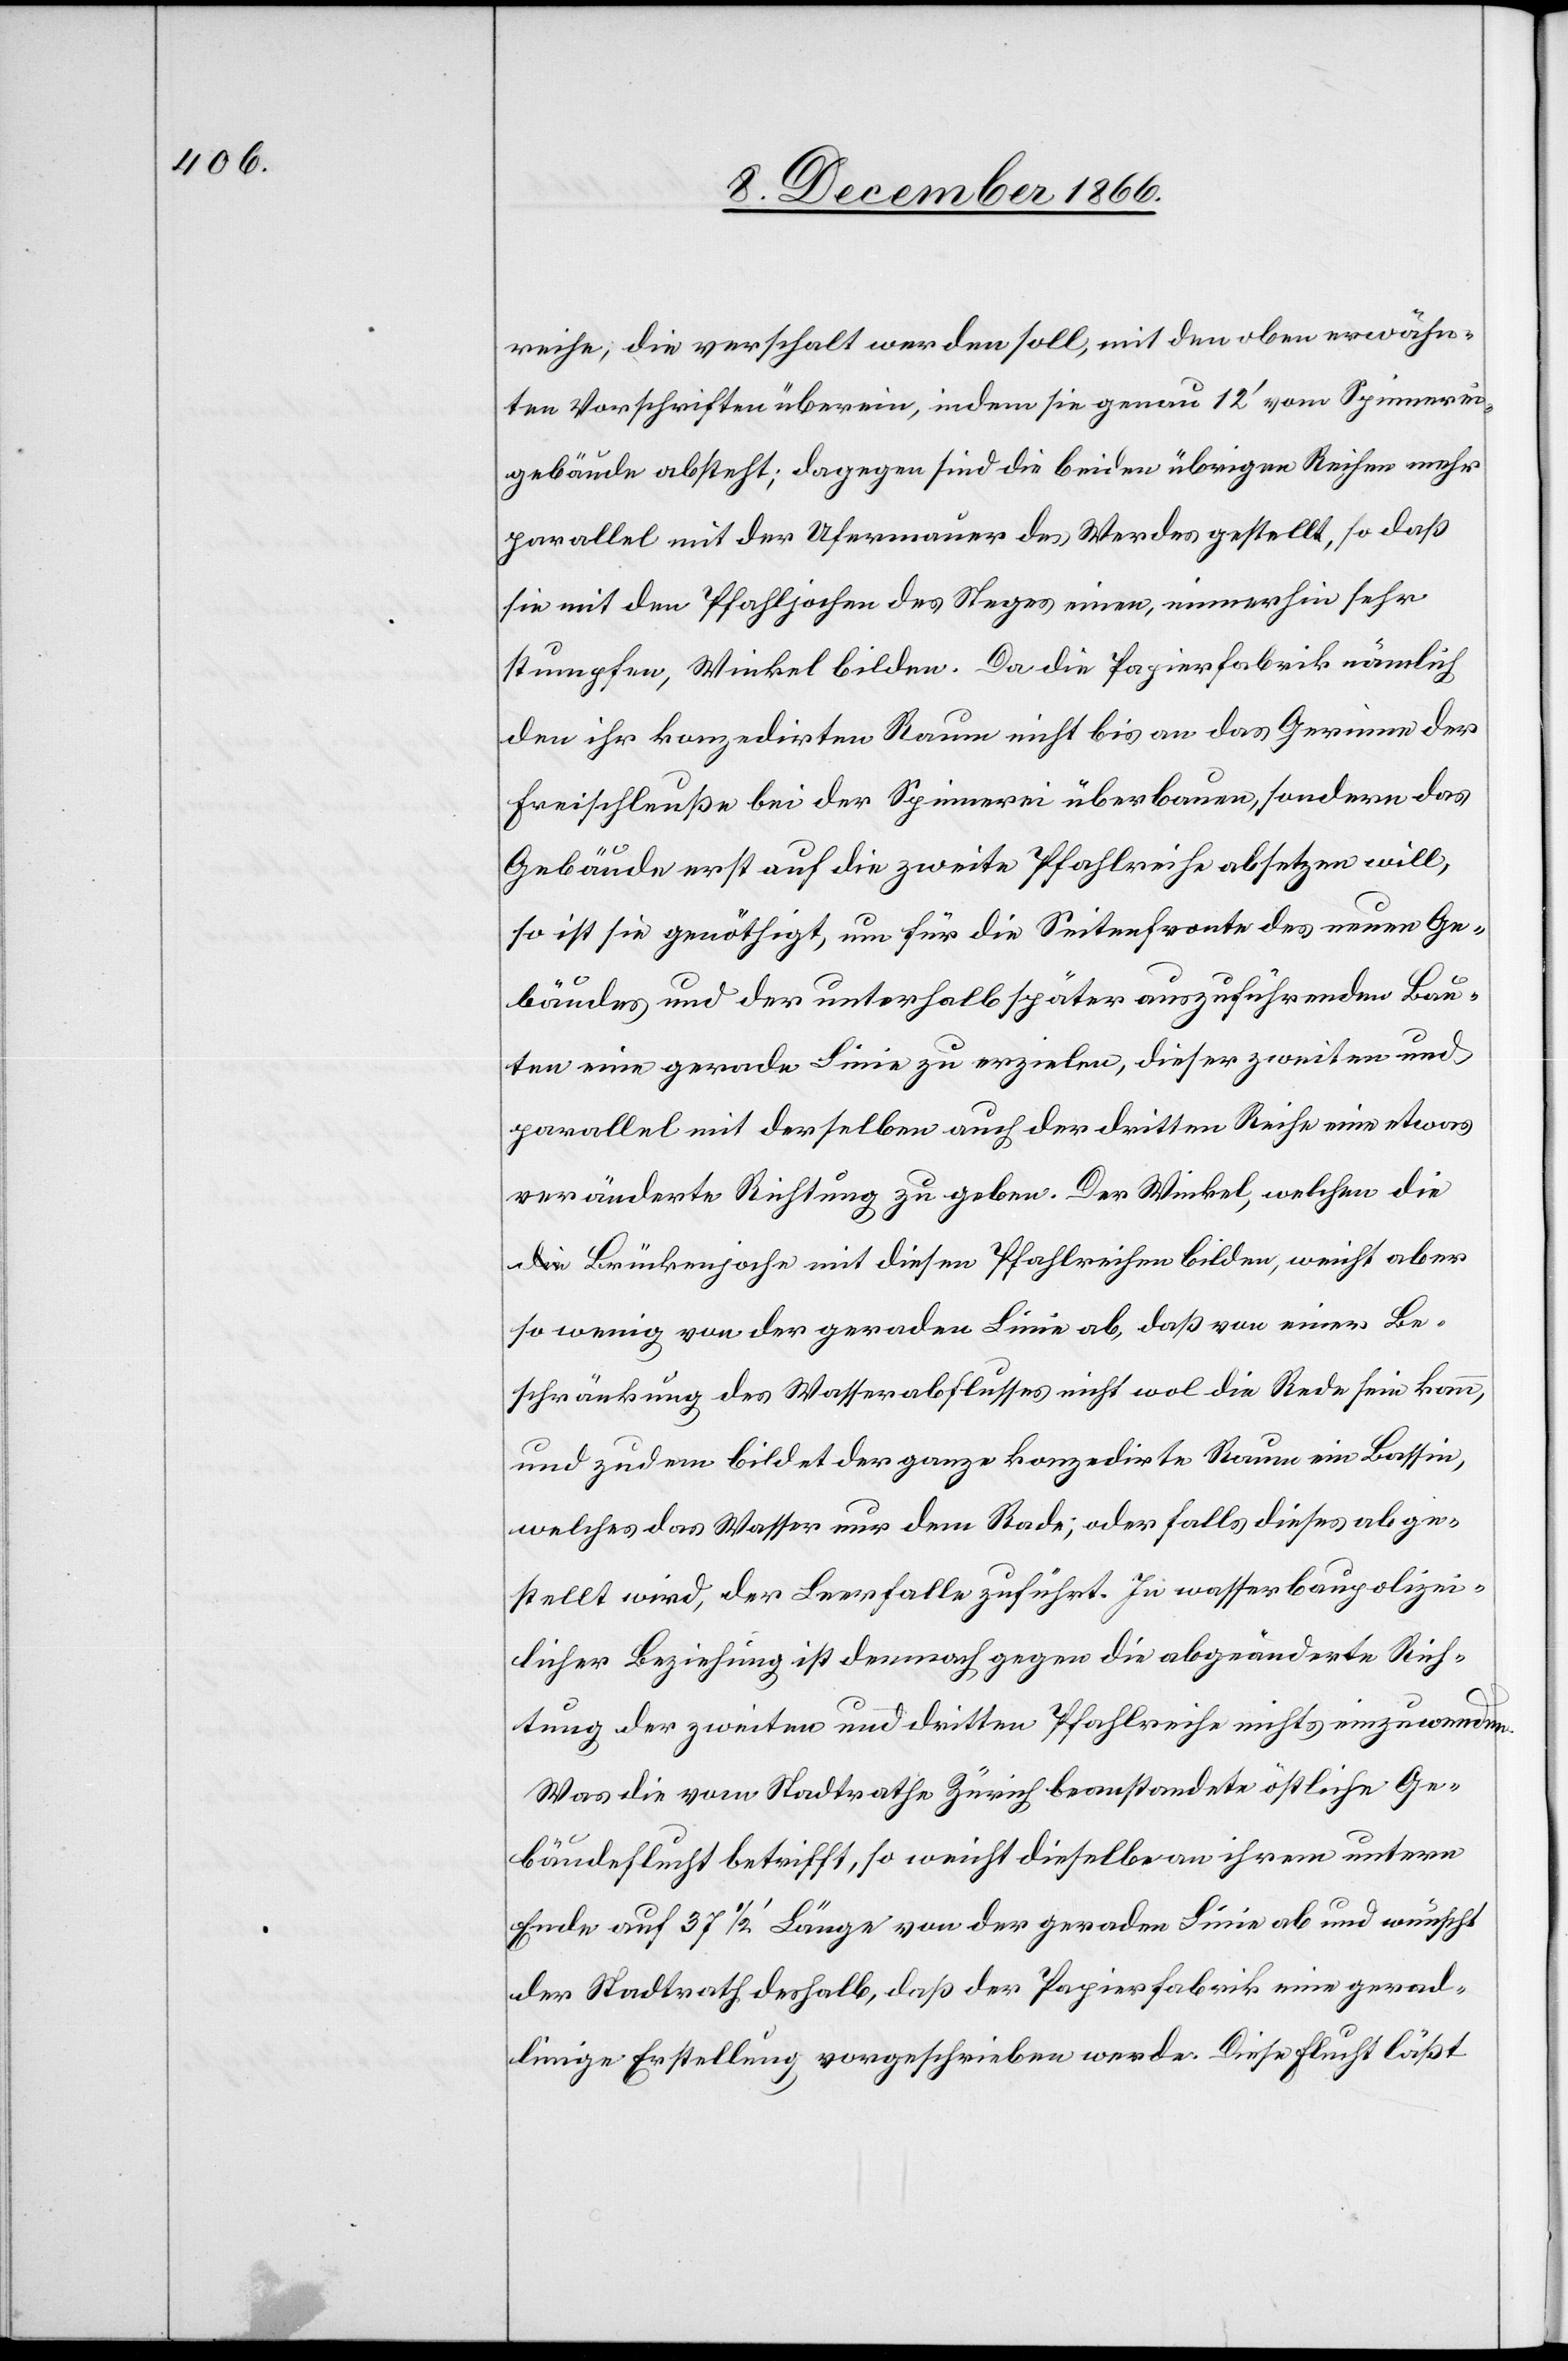
reihe, die verschalt werden soll, mit den oben erwähn¬
ten Vorschriften überein, indem sie genau 12‘ vom Spinnerei¬
gebäude absteht; dagegen sind die beiden übrigen Reihen mehr
parallel mit der Ufermauer des Werdes gestellt, so daß
sie mit den Pfahljochen des Steges einen, immerhin sehr
stumpfen, Winkel bilden. Da die Papierfabrik nämlich
den ihr konzedirten Raum nicht bis an das Gerinne der
Freischleuße bei der Spinnerei überbauen, sondern das
Gebäude erst auf die zweite Pfahlreihe absetzen will,
so ist sie genöthigt, um für die Seitenfronte des neuen Ge¬
bäudes und der unterhalb später auszuführenden Bau¬
ten eine gerade Linie zu erzielen, dieser zweiten und
parallel mit derselben auch der dritten Reihe eine etwas
veränderte Richtung zu geben. Der Winkel, welchen di¬
e Brückenjoche mit diesen Pfahlreihen bilden, weicht aber
so wenig von der geraden Linie ab, daß von einer Be¬
schränkung des Wasserabflusses nicht wol die Rede sein kann,
und zudem bildet der ganze konzedirte Raum ein Bassin,
welches das Wasser nur dem Rade; oder falls dieses abge¬
stellt wird, der Leerfalle zuführt. In wasserbaupolizei¬
licher Beziehung ist demnach gegen die abgeänderte Rich¬
tung der zweiten und dritten Pfahlreihe nichts einzuwenden.
Was die vom Stadtrathe Zürich beanstandete östliche Ge¬
bäudeflucht betrifft, so weicht dieselbe an ihrem untern
Ende auf 37 1/2‘ Länge von der geraden Linie ab und wünscht
der Stadtrath deshalb, daß der Papierfabrik eine gerad¬
linige Erstellung vorgeschrieben werde. Diese Flucht läßt